Calcutta medical institutions reports 1879-81 [i.e.91]
Year: 1879
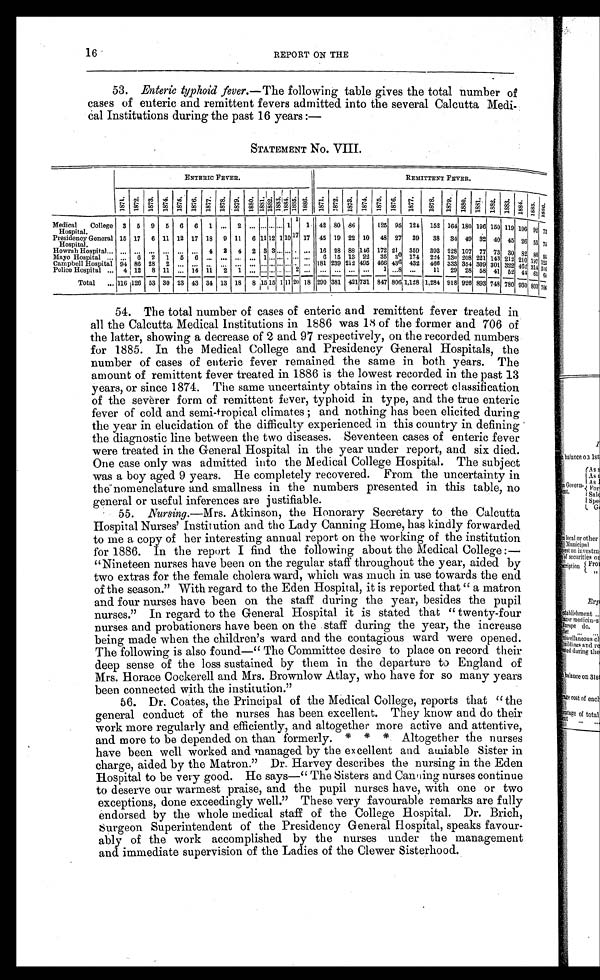
16
REPORT ON THE
53. Enteric typhoid fever. —The following table gives the total number of
cases of enteric and remittent fevers admitted into the several Calcutta Medi
- c a l I n s t i t u t i o n s d u r i n g t h e p a s t 1 6 y e a r s : —
STATEMENT No. VIII.
ENTERIC FEVER.
REMITTENT FEVER.
1871. 1872. 1873. 1874.
1875.
1876. 1877. 1878. 1879. 1880.
1881. 1882.
1 8 8 3 . 1884. 1 8 8 5 . 1886. 1871. 1872. 1873. 1874. 1 8 7 5 . 1876.
1 8 7 7 .
1 8 7 8 . 1879. 1880. 1881. 1882. 1883. 1 8 8 4 . 1885.
1 8 8 6 .
Medical College
Hospital.
3 5 9 5 6 6 1
. . . 2
. . . . . . . . . . . . 1
1
1 42 80 86
125 95 124 152 164 180 196 150 119 106 92 73
Presidency General
Hospital.
15 17 6 11 12 17 18 9 11 6 11 12 1 10 17 17 45 19 22 10 48 27 39 38 34 49 32 40 45 26 5 3 75
Howrah Hospital...
. . . . . . . . . . . . . . . . . . 4 2 4 2 3 3 . . . . . . . . . . 16 28 88 146 172 21 359 393 228 107 77 73 30 82 8 6 5 5
Mayo Hospital ...
. . . 6 2
1 5 6 . . . . . . . . . . . . 1 . . . . . . . . . . . . . 6 15 13 22 35 30 174 224 130 208 221 143 212 210 197
1 2 3
Campbell Hospital 94 86 28 2
. . . . . . . . . . . . . . . . . . . . . . . . . . . . . . . . . . . . 181 239 212 495 466 436 432 466 333 354 309 301 322 462 3 1 4 3 1 6
Police Hospital ... 4 12 8 11 ... 14 11 2 1 ... . . . . . . . . . . . . 2 . . . . . . ... ... ... 1 ...8 ...
1 1 29 28 58 41 52 44
6 1 6 4
Total ... 116 126 53 30 23 43 34 13 18 8 1 5 1 5 1 11 20 18
2 9 0 3 8 1 4 2 1
7 3 1 847 8 0 6
1 , 1 2 8
1 , 2 8 4 918 926 893 748 780 930 803 7 0 6
5 4 . T h e t o t a l n u m b e r o f c a s e s o f e n t e r i c a n d r e m i t t e n t f e v e r t r e a t e d i n
all the Calcutta Medical Institutions in 1886 was 18 of the former and 706 of
the latter, showing a decrease of 2 and 97 respectively, on the recorded numbers
for 1885. In the Medical College and Presidency General Hospitals, the
number of cases of enteric fever remained the same in both years. The
amount of remittent fever treated in 1886 is the lowest recorded in the past 13
years, or since 1874. The same uncertainty obtains in the correct classification
of the severer form of remittent fever, typhoid in type, and the true enteric
fever of cold and semi-tropical climates ; and nothing has been elicited during
the year in elucidation of the difficulty experienced in this country in defining
the diagnostic line between the two diseases. Seventeen cases of enteric fever
were treated in the General Hospital in the year under report, and six died.
One case only was admitted into the Medical College Hospital. The subject
was a boy aged 9 years. He completely recovered. From the uncertainty in
the nomenclature and smallness in the numbers presented in this table, no
general or useful inferences are justifiable.
5 5 .
N u r s i n g .
— M r s . A t k i n s o n , t h e H o n o r a r y S e c r e t a r y t o t h e C a l c u t t a
Hospital Nurses' Institution and the Lady Canning Home, has kindly forwarded
to me a copy of her interesting annual report on the working of the institution
for 1886. In the report I find the following about the Medical
C o l l e g e : —
" "Nineteen nurses have been on the regular staff throughout the year, aided by
two extras for the female cholera ward, which was much in use towards the end
of the season." With regard to the Eden Hospital, it is reported that "a matron
and four nurses have been on the staff during the year, besides the pupil
nurses." In regard to the General Hospital it is stated that "twenty-four
nurses and probationers have been on the staff during the year, the increase
being made when the children's ward and the contagious ward were opened.
The following is also found—" The Committee desire to place on record their
deep sense of the loss sustained by them in the departure to England of
Mrs. Horace Cockerell and Mrs. Brownlow Atlay, who have for so many years
been connected with the institution."
5 6 . D r . C o a t e s , t h e P r i n c i p a l o f t h e M e d i c a l C o l l e g e , r e p o r t s t h a t " t h e
general conduct of the nurses has been excellent. They know and do their
work more regularly and efficiently, and altogether more active and attentive,
and more to be depended on than formerly. * * * Altogether the nurses
have been well worked and managed by the excellent and aviable Sister in
charge, aided by the Matron." Dr. Harvey describes the nursing in the Eden
H o s p i t a l t o b e v e r y g o o d . H e s a y s — " T h e S i s t e r s a n d C a n n i n g n u r s e s c o n t i n u e
to deserve our warmest praise, and the pupil nurses have, with one or two
exceptions, done exceedingly well." These very favourable remarks are fully
endorsed by the whole medical staff of the College Hospital. Dr. Brich,
surgeon Superintendent of the Presidency General Hospital, speaks favour-
ably of the work accomplished by the nurses under the management
and immediate supervision of the Ladies of the Clewer Sisterhood.